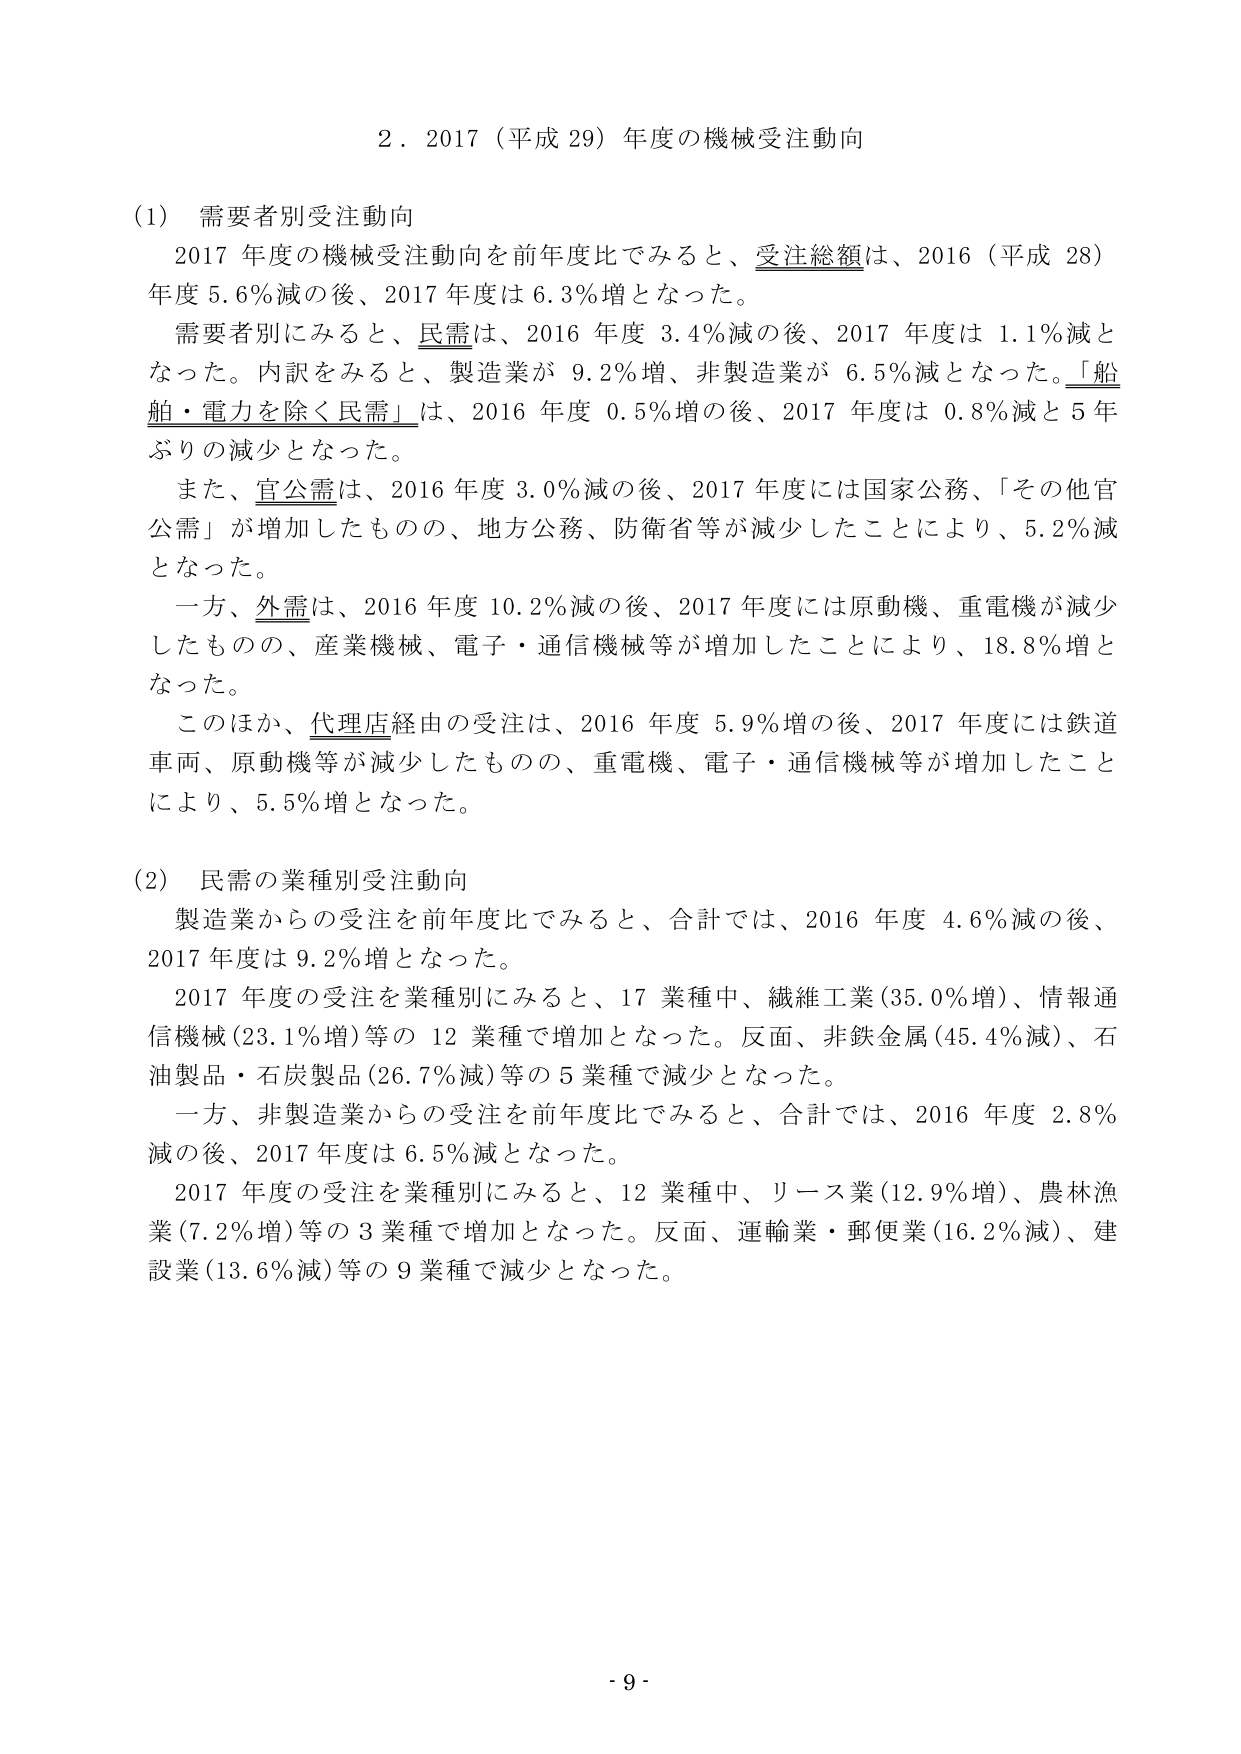
２．2017（平成29）年度の機械受注動向

（1）需要者別受注動向
　2017年度の機械受注動向を前年度比でみると、受注総額は、2016（平成28）年度5.6％減の後、2017年度は6.3％増となった。
　需要者別にみると、民需は、2016年度3.4％減の後、2017年度は1.1％減となった。内訳をみると、製造業が9.2％増、非製造業が6.5％減となった。「船舶・電力を除く民需」は、2016年度0.5％増の後、2017年度は0.8％減と5年ぶりの減少となった。
　また、官公需は、2016年度3.0％減の後、2017年度には国家公務、「その他官公需」が増加したものの、地方公務、防衛省等が減少したことにより、5.2％減となった。
　一方、外需は、2016年度10.2％減の後、2017年度には原動機、重電機が減少したものの、産業機械、電子・通信機械等が増加したことにより、18.8％増となった。
　このほか、代理店経由の受注は、2016年度5.9％増の後、2017年度には鉄道車両、原動機等が減少したものの、重電機、電子・通信機械等が増加したことにより、5.5％増となった。

（2）民需の業種別受注動向
　製造業からの受注を前年度比でみると、合計では、2016年度4.6％減の後、2017年度は9.2％増となった。
　2017年度の受注を業種別にみると、17業種中、繊維工業（35.0％増）、情報通信機械（23.1％増）等の12業種で増加となった。反面、非鉄金属（45.4％減）、石油製品・石炭製品（26.7％減）等の5業種で減少となった。
　一方、非製造業からの受注を前年度比でみると、合計では、2016年度2.8％減の後、2017年度は6.5％減となった。
　2017年度の受注を業種別にみると、12業種中、リース業（12.9％増）、農林漁業（7.2％増）等の3業種で増加となった。反面、運輸業・郵便業（16.2％減）、建設業（13.6％減）等の9業種で減少となった。

- 9 -